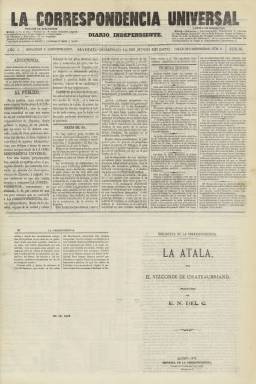
Título: La Correspondencia universal (Madrid. 1870)
Colección: Periódicos
Ámbito geográfico: Madrid
Lugar de publicación: Madrid
Fechas: 12/06/1870-31/12/1870

Es continuación de La Correspondencia, periódico que había comenzado a publicarse el 18 de abril de 1870 y, siguiendo la secuencia numérica, se ve obligado “a tomar de nuevo” su “antiguo título” a partir del 12 de junio de 1870, según indica el propio diario en este número 56, al objeto de que su cabecera no sea “confundida” con La Correspondencia de España (1859-1925), a la que define como “diario político y órgano de un partido que ni vence ni se declara vencido” y “cuya historia es demasiado pública para que nadie ignore que es diario político y parcial, diario de una fracción, órgano de un candidato y defensor de sus aspiraciones”. Mientras que ésta se autocalifica como un “diario independiente” -que así se subtitula-, y añade ser un “diario de la familia, órgano de la verdad y celoso defensor de los altos intereses morales y materiales del país”.

Efectivamente, La Correspondencia de España en esos años 1869-1870 había tomado partido a favor del duque de Montpensier como aspirante a la Corona de España, motivado por la amistad personal que el fundador de este diario, Manuel María Sana Ana (1820-1894), tenía con Antonio de Orleans (1824-1890). Pero no sólo daba lugar a confusión ambas cabeceras, si no que La Correspondencia - y ahora La Correspondencia universal- presentaban similitudes además en la estructura formal de sus contenidos, a través de las secciones en las que son incluidas sus noticias -Primera edición, Segunda edición y Tercera edición-, además de las de Parte oficial, Parte telegráfico, Cortes constituyentes, Bolsa de Madrid, Espectáculos o Boletín religioso, al que añadía otra bajo el epígrafe Boletín del día, para insertar en esta su artículo de fondo o editorial diario, aunque se considerase un periódico principalmente noticioso, además de ir acompañadas sus noticias con comentarios.

La Correspondencia universal formará parte de los 28 periódicos madrileños de todas las tendencias políticas que acuerdan formar un frente periodístico para “combatir” a Amadeo de Saboya, proclamado como rey de España en la sesión de las Cortes del 16 de noviembre de 1870, y entre los cuales no se encontrará, precisamente, La Correspondencia de España, que en esa época era el periódico español de mayor tirada, con unos 50.000 ejemplares diarios.

Se desconoce quien fuera el editor o editores o el director y redactores de La Correspondencia y ahora La Correspondencia universal, que era estampada en imprenta propia, primero a cargo de Fernando Cao Vidal, y después de Teodoro Pita, establecida en el número 5 de la madrileña calle de Cabestreros, sede también de su redacción y administración, a cuyo cargo se hallaba Manuel Crespo, imprenta en la que también era estampado en ese tiempo un diario matutino con el título Las Noticias.

La Correspondencia universal publicará su número 252 y último el 31 de diciembre de 1870, dedicando gran parte de sus contenidos al fallecimiento del presidente del Consejo de Ministros, el general Juan Prim (1814-1870), tras el atentado que había sufrido días antes, y de los diferentes decretos de las Cortes y del regente, el general Francisco Serrano (1810-1885), entre otros, referidos a la nueva monarquía española. A partir del dos enero de 1871, el periódico volverá de nuevo a modificar su título para denominarse La Correspondencia Universal de Madrid, cuya colección forma también parte de la Hemeroteca Digital de la Biblioteca Nacional de España.